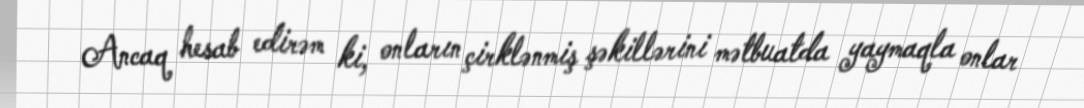
Ancaq hesab edirəm ki, onların çirklənmiş şəkillərini mətbuatda yaymaqla onlar